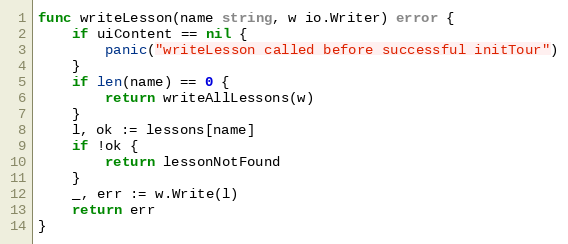
Language: Go
func writeLesson(name string, w io.Writer) error {
	if uiContent == nil {
		panic("writeLesson called before successful initTour")
	}
	if len(name) == 0 {
		return writeAllLessons(w)
	}
	l, ok := lessons[name]
	if !ok {
		return lessonNotFound
	}
	_, err := w.Write(l)
	return err
}